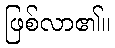
ဖြစ်လာ၏။